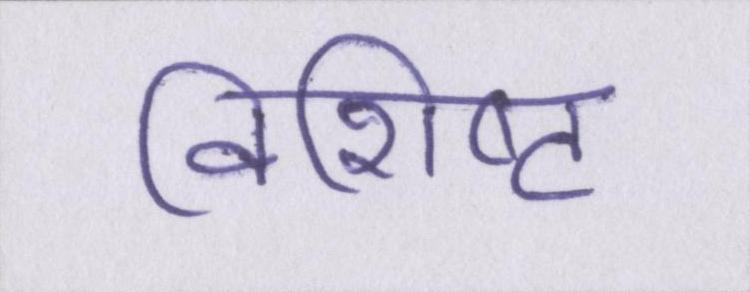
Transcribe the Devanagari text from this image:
विशिष्ट